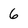
Character: 6